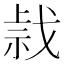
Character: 𢧍